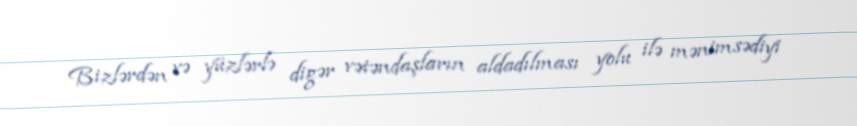
Bizlərdən və yüzlərlə digər vətəndaşların aldadılması yolu ilə mənimsədiyi